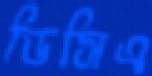
ডিসিএ